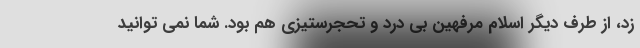
زد، از طرف دیگر اسلام مرفهین بی درد و تحجرستیزی هم بود. شما نمی توانید